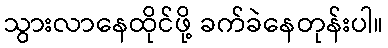
သွားလာနေထိုင်ဖို့ ခက်ခဲနေတုန်းပါ။